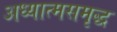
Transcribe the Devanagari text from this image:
अध्यात्मसमृद्ध